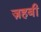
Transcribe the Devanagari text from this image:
ज़हबी